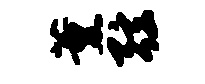
薰弦